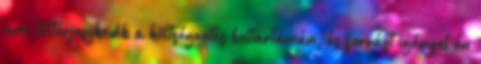
ami túlterjeszkedik a költségvetés beltartamán, és forrást igényel én